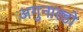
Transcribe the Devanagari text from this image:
अगुनाल्डो